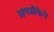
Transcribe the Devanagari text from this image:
आगळीकेने